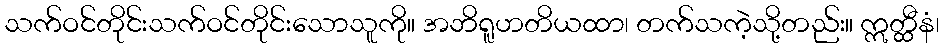
သက်ဝင်တိုင်းသက်ဝင်တိုင်းသောသူကို။ အဘိရူဟတိယထာ၊ တက်သကဲ့သို့တည်း။ ဣတ္ထီနံ၊